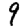
Digit: 9